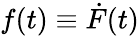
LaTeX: f(t)\equiv\dot{F}(t)